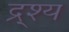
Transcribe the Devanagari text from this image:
द्र्श्य